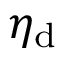
\eta _ { \mathrm { d } }